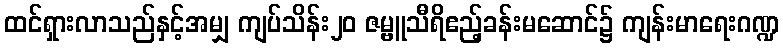
ထင်ရှားလာသည်နှင့်အမျှ ကျပ်သိန်း၂၀ ဇမ္ဗူသီရိဧည့်ခန်းမဆောင်၌ ကျန်းမာရေးဂဏ္ဍ